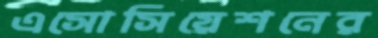
এসোসিয়েশনের